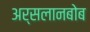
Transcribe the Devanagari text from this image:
अर्सलानबोब